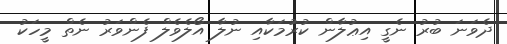
ދެވަނަ ބުރު ނެގީ އިޢުލާން ކުރުމަކާއި ނުލާ އޯލެވެލް ފެންވަރު ނެތް މީހަކު